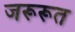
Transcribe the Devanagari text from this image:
जरूरूत